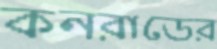
কনরাডের